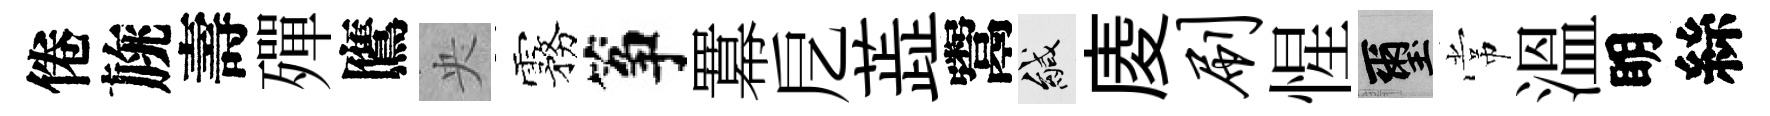
倦旐壽殫鷹央霧筝羃戹蕋鬻緘庱刷惺璽常溫眀絲